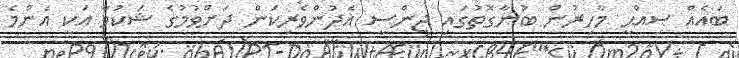
ބައެއް ޞިއްޙީ މާހިރުން ބުނާގޮތުގައި ޖިންސީ އެދުންވެރިކަން ދަށްވުމުގެ ޝަކުވާ އަކީ އެންމެ